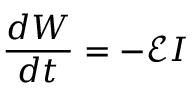
{ \frac { d W } { d t } } = - { \mathcal { E } } I